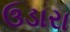
ઉડારા